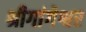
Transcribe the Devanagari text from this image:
श्रीगांगेश्वर